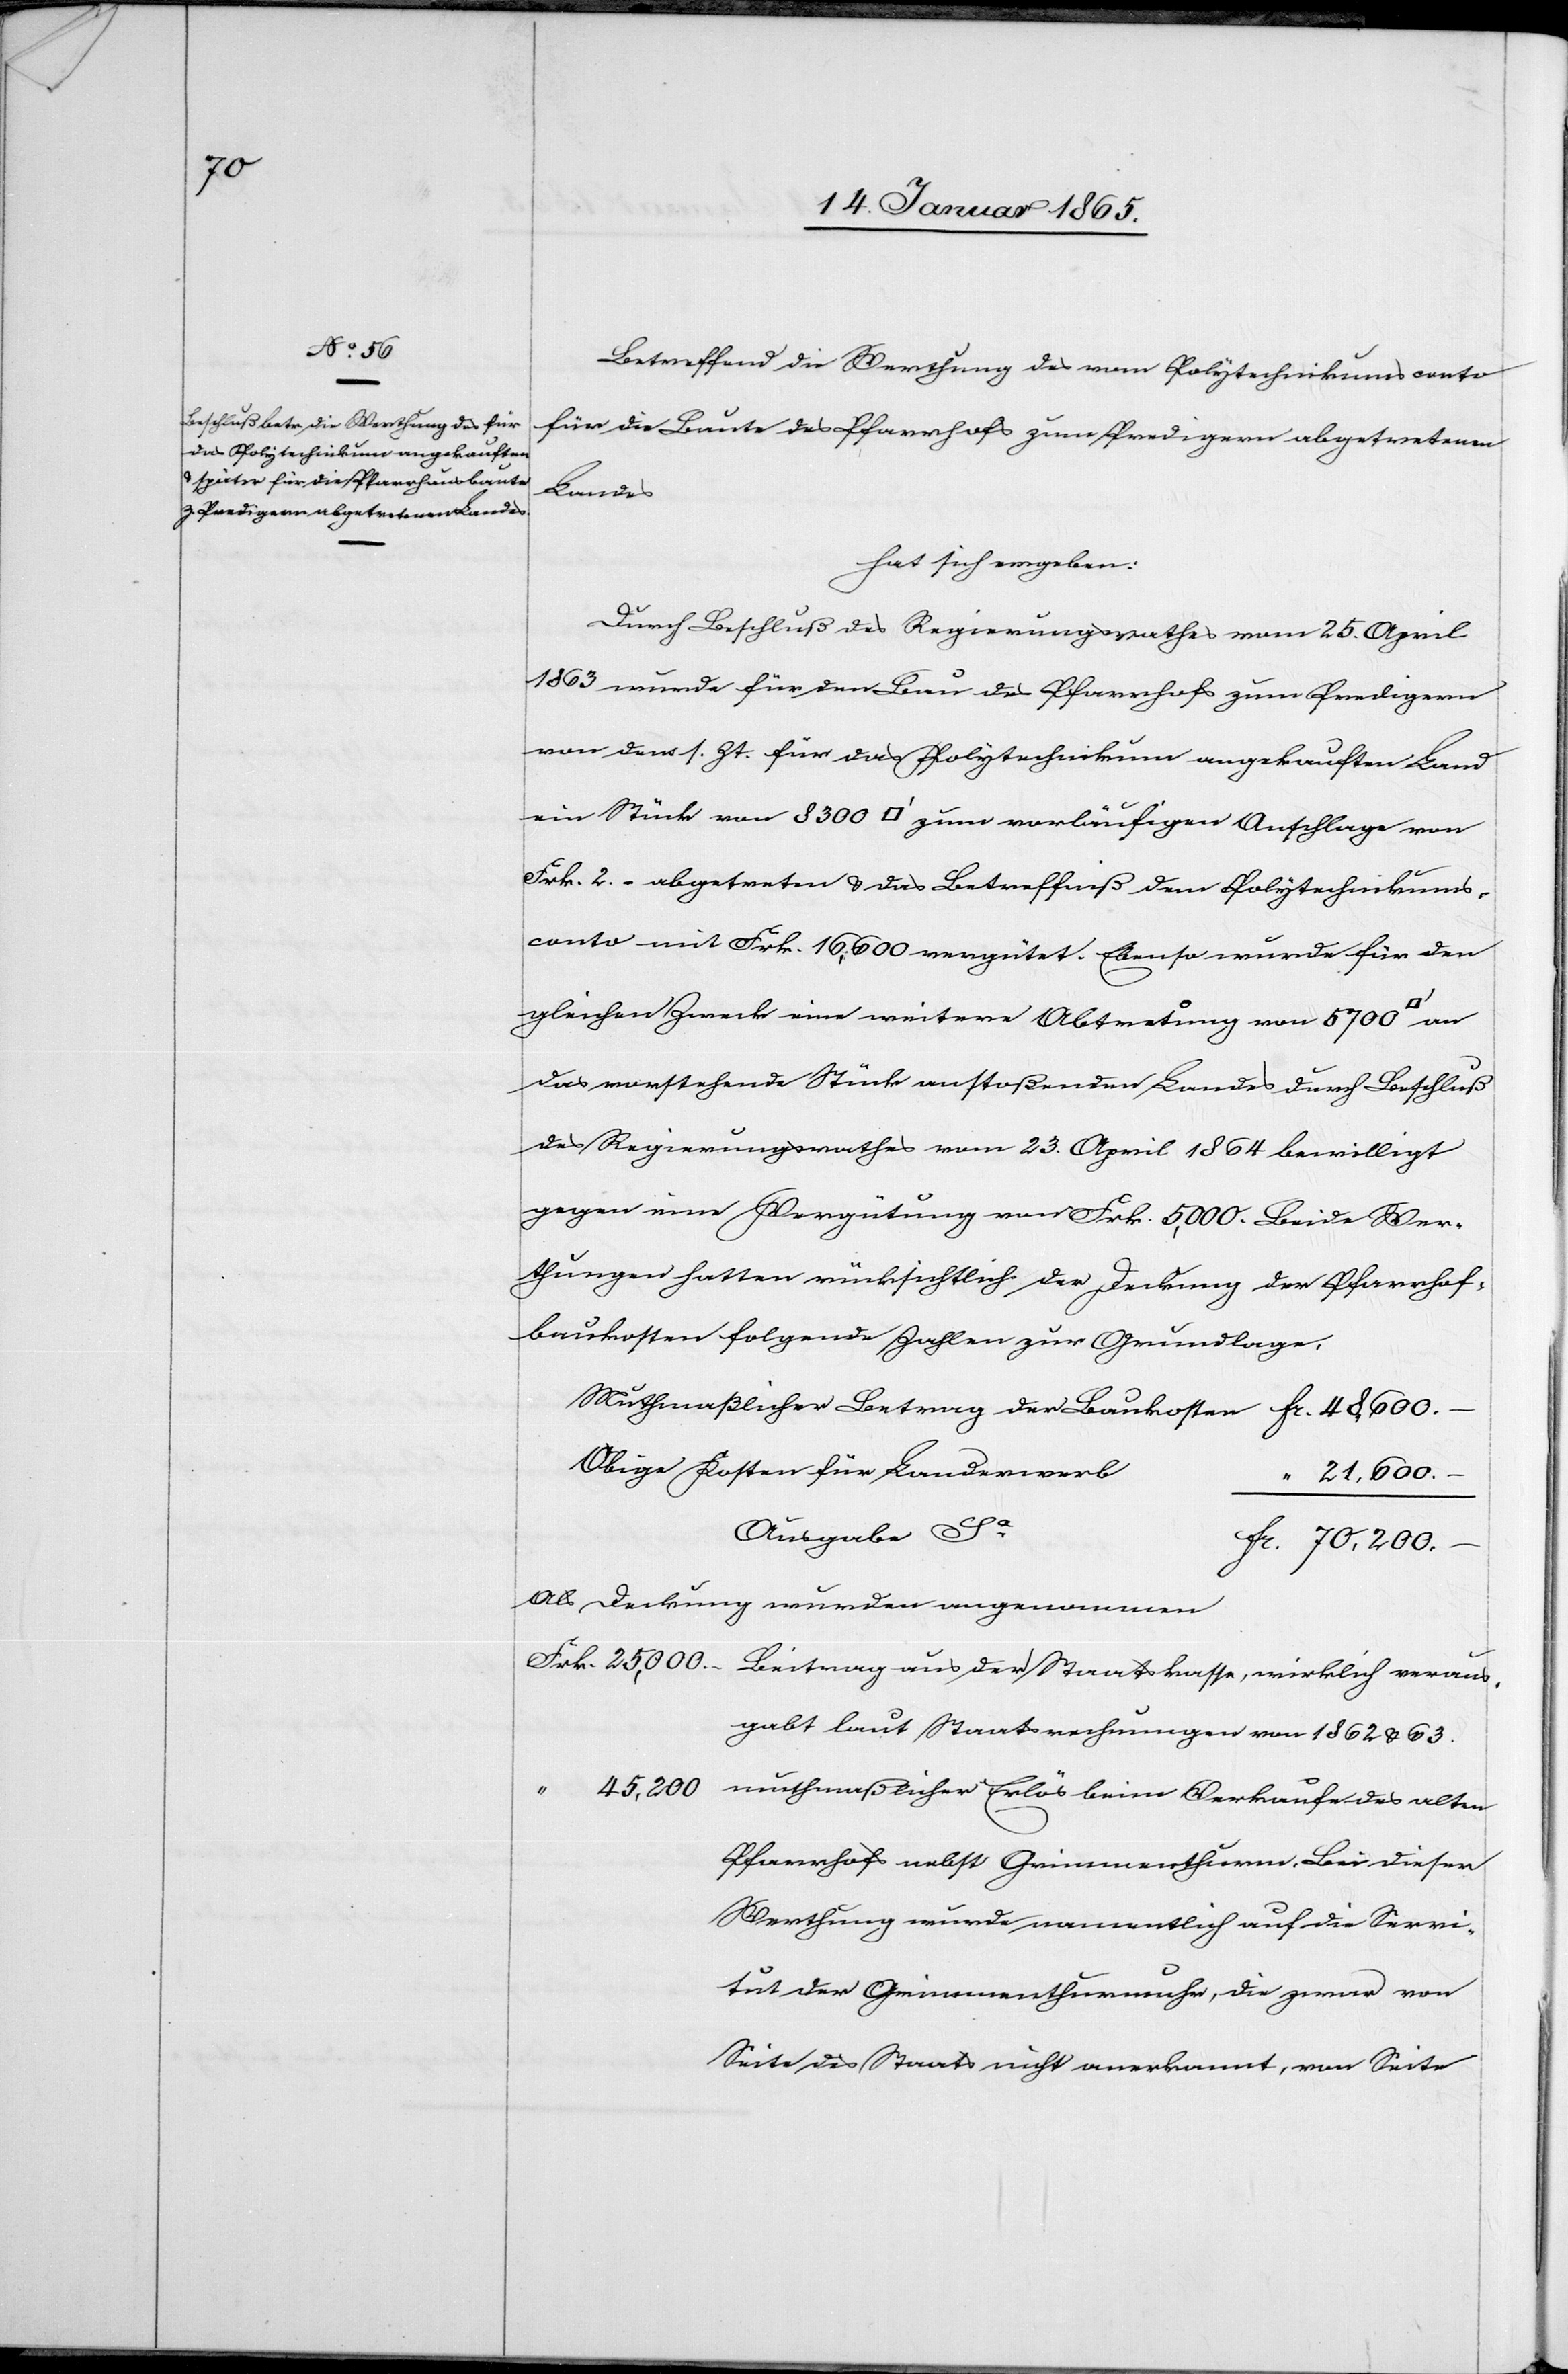
Betreffend die Werthung des vom Polytechnikumsconto
für die Baute des Pfarrhofs zum Predigern abgetretenen
Landes
hat sich ergeben:
Durch Beschluß des Regierungsrathes vom 25. April
1863 wurde für den Bau des Pfarrhofs zum Predigern
von dem s. Zt. für das Polytechnikum angekauften Land
ein Stück von 8300 [Quadratfuss] zum vorläufigen Anschlage von
Frk. 2. – abgetreten u. das Betreffniß dem Polytechnikums¬
conto mit Frk. 16,600 vergütet. Ebenso wurde für den
gleichen Zweck eine weitere Abtretung von 5700
das vorstehende Stück anstoßenden Landes durch Beschluß
des Regierungsrathes vom 23. April 1864 bewilligt
gegen eine Vergütung von Frk. 5,000. Beide Wer¬
thungen hatten rücksichtlich der Deckung der Pfarrhof¬
baukosten folgende Zahlen zur Grundlage,
Muthmaßlicher Betrag der Baukosten					fr. 48,600.
Obige Kosten für Landerwer¬
“ 21,600.
Ausgabe
Als Deckung wurden angenommen
Frk. 25,000. –	Beitrag aus der Staatskasse, wirklich veraus¬
gabt laut Staatsrechnungen von 1863 u. 63.
“
45,200		muthmaßlicher Erlös beim Verkaufe des alten
Pfarrhofs nebst Grimmenthurm. Bei dieser
Werthung wurde namentlich auf die Servi¬
tut der Grimmenthurmuhr, die zwar von
Seite des Staats nicht anerkannt, von Seite